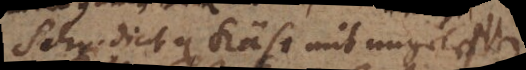
Schr. dicit quod Käse mit ungeleschten